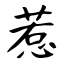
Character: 惹